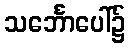
သင်္ဘောပေါ်၌